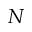
N